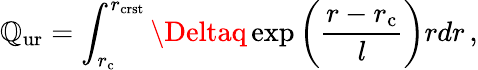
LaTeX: \mathbb{Q}_{\mathrm{{ur}}}=\int_{r_{\mathrm{{c}}}}^{r_{\mathrm{{crst}}}}\Deltaq\exp\left(\frac{{r-r_{\mathrm{{c}}}}}{{l}}\right)rdr\, ,